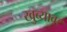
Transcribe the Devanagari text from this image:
खुब्यावर